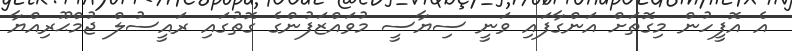
އެ އޮފީހުން މިގޮތަށް އަންގާފައި ވަނީ ސިޔާސީ މުވައްޒަފުންގެ ގޮތުގައި ރައީސުލް ޖުމްޙޫރިއްޔާ